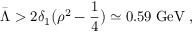
\bar { \Lambda } > 2 \delta _ { 1 } \big ( \rho ^ { 2 } - \frac { 1 } { 4 } \big ) \simeq 0 . 5 9 \; \mathrm { G e V } \; ,